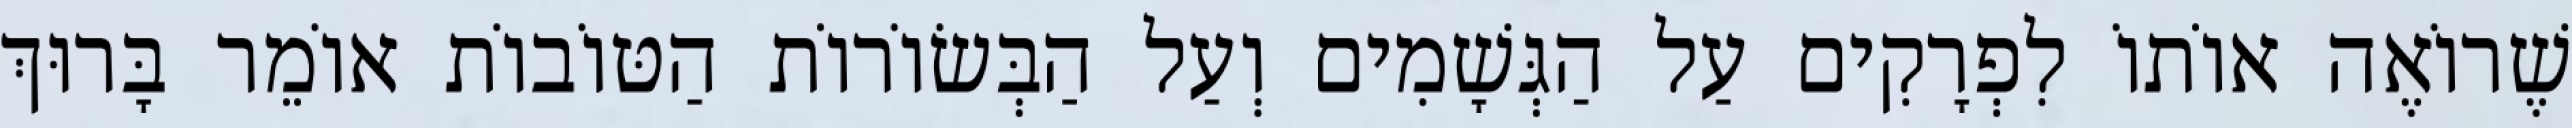
שֶׁרוֹאֶה אוֹתוֹ לִפְרָקִים עַל הַגְּשָׁמִים וְעַל הַבְּשׂוֹרוֹת הַטּוֹבוֹת אוֹמֵר בָּרוּךְ